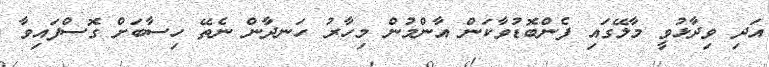
އަދި ވިދާޅުވީ މާލޭގައި ފެންބޮޑުވާކަން އާންމުން މިހާރު ހަނދާން ނެތޭ ހިސާބަށް ގޮސްފައިވާ